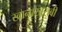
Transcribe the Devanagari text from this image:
खानाखराबी